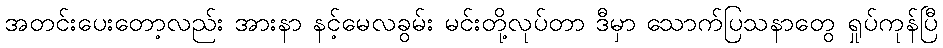
အတင်းပေးတော့လည်း အားနာ နင့်မေလခွမ်း မင်းတို့လုပ်တာ ဒီမှာ သောက်ပြသနာတွေ ရှုပ်ကုန်ပြီ